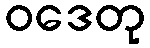
ဝဒေတု